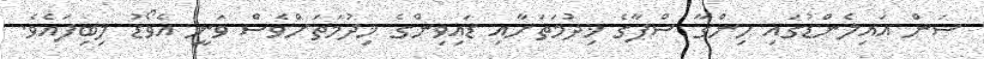
ސަން އައިލެންޑުގައި ހިންގާ ސްޕާގެ ޚިދުމަތަށާއި ޑައިވިންގެ ޚިދުމަތަށްވެސް ވަނީ އެވޯޑު ލިބިފައެވެ.